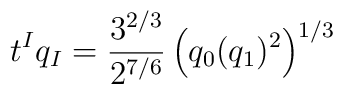
t^Iq_I= {3^{2/3}\over 2^{7/6}}  \left (q_0 (q_1) ^2 \right )^{1/3}